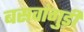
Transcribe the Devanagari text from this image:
बसवांगुड़ी